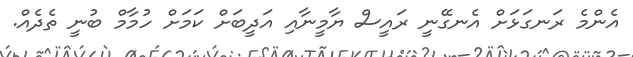
އެންމެ ރަނގަޅަށް އެނގޭނީ ރައީސް ޔާމީނާއި އަދީބަށް ކަމަށް ހުމާމް ބުނީ ތެދެއް.